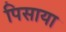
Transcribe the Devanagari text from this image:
पिसाया